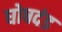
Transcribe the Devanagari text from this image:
घोषदंड